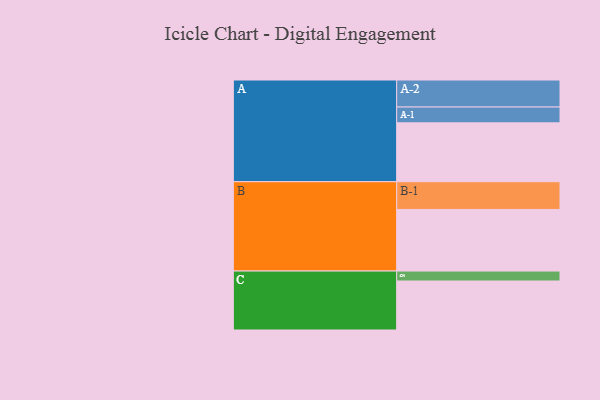
{"axis": {"x": "Segment", "y": "Value"}, "legend": ["", "A", "B", "C"], "data": [{"x": "A", "y": 538, "type": ""}, {"x": "B", "y": 563, "type": ""}, {"x": "C", "y": 448, "type": ""}, {"x": "A-1", "y": 145, "type": "A"}, {"x": "A-2", "y": 247, "type": "A"}, {"x": "B-1", "y": 254, "type": "B"}, {"x": "C-1", "y": 91, "type": "C"}]}